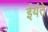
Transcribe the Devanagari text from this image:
ईर्यते